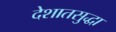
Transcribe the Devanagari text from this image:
देशातसुद्धा